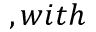
, w i t h